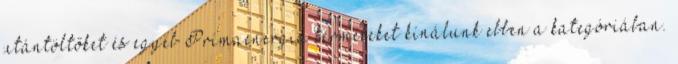
utántöltőket és egyéb Prímaenergia termékeket kínálunk ebben a kategóriában.